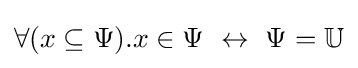
\forall (x\subseteq \Psi ).x\in \Psi \,\,\leftrightarrow \,\,\Psi ={\mathbb {U} }